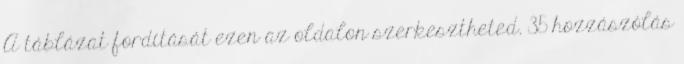
A táblázat fordítását ezen az oldalon szerkesztheted. 35 hozzászólás